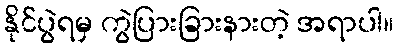
နိုင်ပွဲရမှ ကွဲပြားခြားနားတဲ့ အရာပါ။